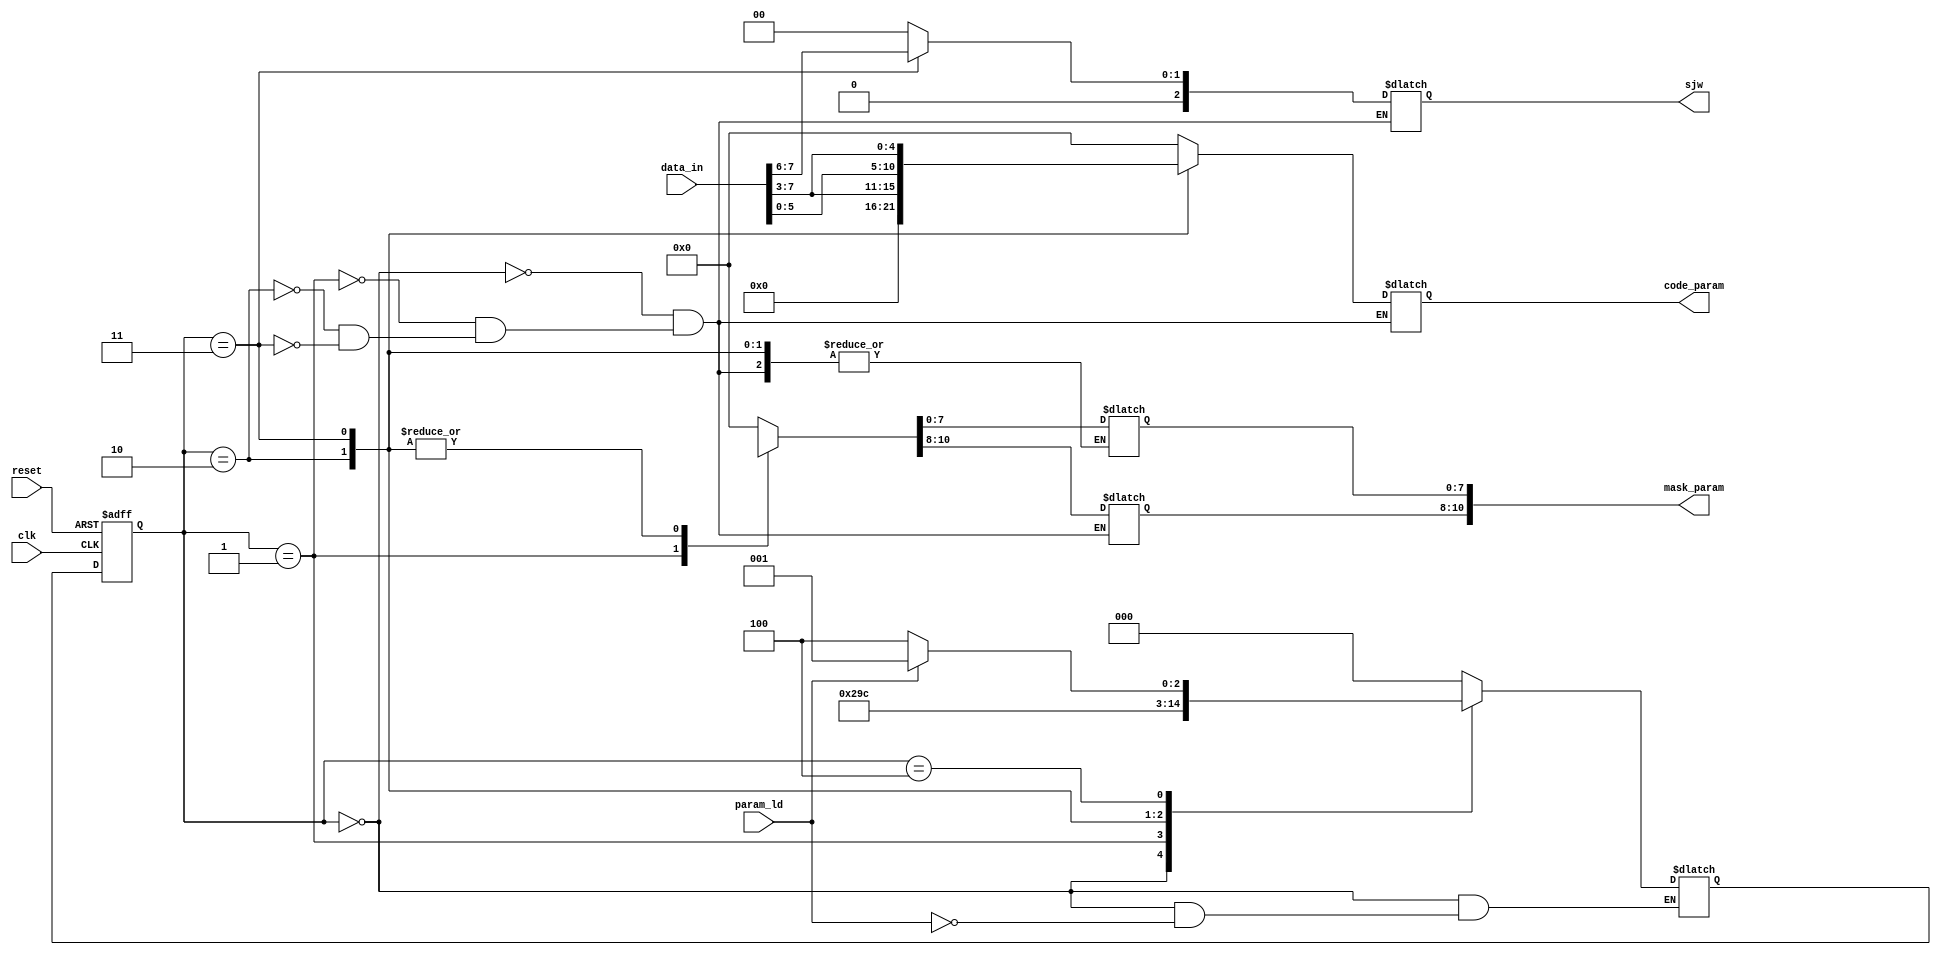
`timescale 1ns / 1ps

module parameter_registry_block(
    input wire clk, reset, param_ld,
    input wire [7:0] data_in,
    output reg [10:0] mask_param, code_param,
    output reg [2:0] sjw
    );
   
    localparam [2:0] idle = 3'b000,
                     prmtr_0 = 3'b001,
                     prmtr_1 = 3'b010,
                     prmtr_2 = 3'b011,
                     prmtr_ld_cmp = 3'b100;
                     
    localparam N = 3;
    reg [N-1:0] r_reg; //output register
    reg [N-1:0] r_next; //next state register
   
    //state register
    always@(posedge clk, posedge reset)
        if(reset)
            r_reg <= idle;
        else
            r_reg <= r_next;
    //next state logic        
    always@*
        begin
            case(r_reg)
                idle:
                    begin
                    mask_param = 11'b0;
                    code_param = 11'b0;
                    sjw = 3'b0;
                   
                    if(param_ld)
                        r_next = prmtr_0;
                        end
                       
                prmtr_0:
                    begin
                        mask_param = {3'b0,data_in[7:0]};
                        code_param = 11'b0;
                        sjw = 3'b0;
                       //if (param_ld == 1)
                        r_next = prmtr_1;
                        end
               
                prmtr_1:
                    begin
                        mask_param = {data_in[2:0], mask_param[7:0]};
                        code_param = {6'b0,data_in[7:3]};
                        sjw = 3'b0;
                       //if (param_ld == 1)
                        r_next = prmtr_2;
                        end
                prmtr_2:
                    begin
			mask_param = {data_in[2:0], mask_param[7:0]};
                        code_param = {data_in[6:0], data_in[7:3]};
                        sjw = data_in[7:6];
                       //if (param_ld == 1)
                        r_next = prmtr_ld_cmp;
                        end
               prmtr_ld_cmp:
                    if(param_ld)
                        r_next = prmtr_0;
                    else
                        r_next = prmtr_ld_cmp;
               default: r_next = idle;
           endcase
          end
                       
endmodule